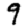
Digit: 9